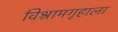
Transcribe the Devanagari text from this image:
विश्रामगृहाला